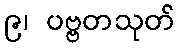
၉၊ ပဗ္ဗတသုတ်